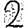
Digit: 2